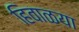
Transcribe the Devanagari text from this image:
हिवाळया